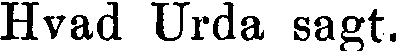
Hvad Urda sagt.